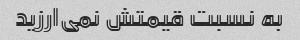
به نسبت قیمتش نمی‌ارزید